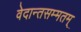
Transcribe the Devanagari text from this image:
वेदान्तसम्मतम्